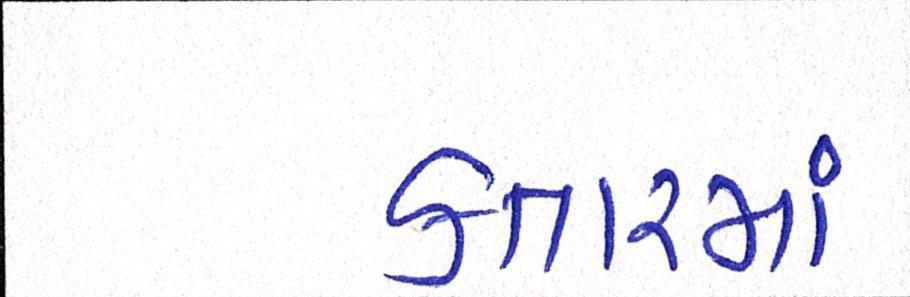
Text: કતારમાં